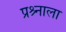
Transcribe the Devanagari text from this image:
प्रश्र्नाला